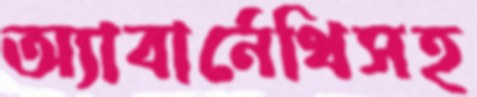
অ্যাবার্নেথিসহ